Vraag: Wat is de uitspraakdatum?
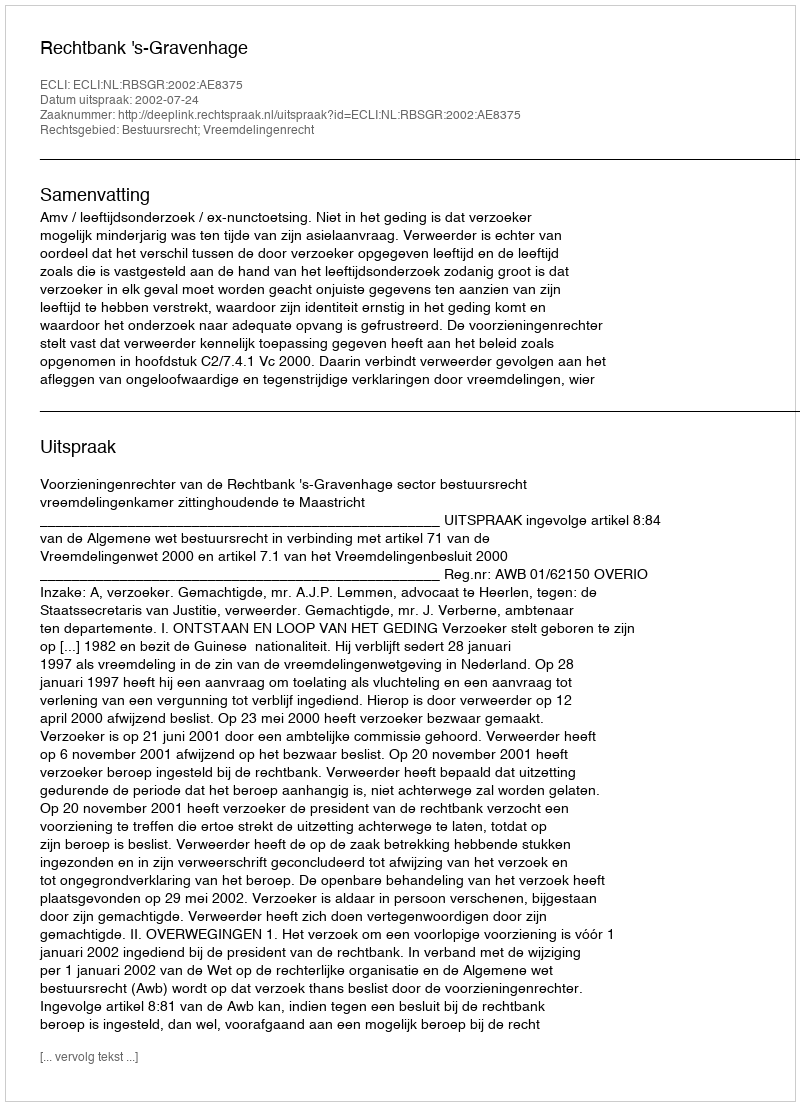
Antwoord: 2002-07-24